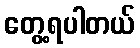
တွေ့ရပါတယ်